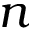
n